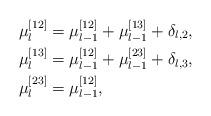
LaTeX: \begin{align*} \mu_l^{[12]}&=\mu_{l-1}^{[12]}+\mu_{l-1}^{[13]}+\delta_{l,2},\\ \mu_l^{[13]}&=\mu_{l-1}^{[12]}+\mu_{l-1}^{[23]}+\delta_{l,3},\\ \mu_l^{[23]}&=\mu_{l-1}^{[12]},\end{align*}